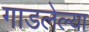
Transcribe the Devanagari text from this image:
गाडलेल्या